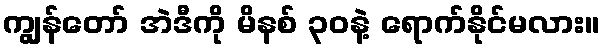
ကျွန်တော် အဲဒီကို မိနစ် ၃၀နဲ့ ရောက်နိုင်မလား။